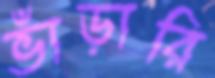
ভাঁড়ারি